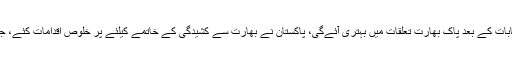
وزیراعظم کا کہنا تھا خطےمیں امن چاہتےہیں، امید ہےانتخابات کے بعد پاک بھارت تعلقات میں بہتری آئےگی، پاکستان نے بھارت سے کشیدگی کے خاتمے کیلئے پر خلوص اقدامات کئے، جذبہ خیرسگالی کے تحت گرفتاربھارتی پائلٹ کوبھی رہا کیا۔